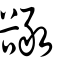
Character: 豃